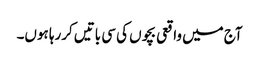
آج میں واقعی بچوں کی سی باتیں کررہا ہوں۔